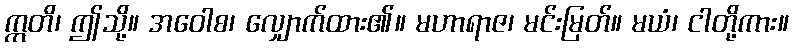
ဣတိ၊ ဤသို့။ အဝေါစ၊ လျှောက်ထား၏။ မဟာရာဇ၊ မင်းမြတ်။ မယံ၊ ငါတို့ကား။